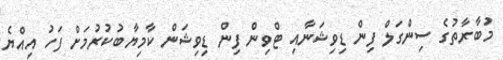
މުބާރާތުގެ ސިންގަލް ފިން ޑިވިޝަނާއި ޓްވިން ފިން ޑިވިޝަން ކާމިޔާބުކުރުމަށް ފަހު އިއްޔެ